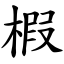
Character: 椵